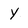
Character: Y